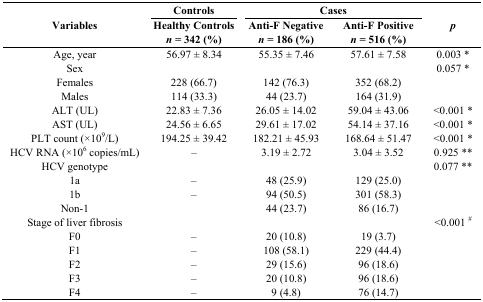
<table><thead><tr><td rowspan="2"><b>Variables</b></td><td><b>Controls</b></td><td colspan="2"><b>Cases</b></td><td rowspan="2"><b><i>p</i></b></td></tr><tr><td><b>Healthy Controls<i>n</i> = 342 (%)</b></td><td><b>Anti-F Negative<i>n</i> = 186 (%)</b></td><td><b>Anti-F Positive<i>n</i> = 516 (%)</b></td></tr></thead><tbody><tr><td>Age, year</td><td>56.97 ± 8.34</td><td>55.35 ± 7.46</td><td>57.61 ± 7.58</td><td>0.003 *</td></tr><tr><td>Sex</td><td></td><td></td><td></td><td>0.057 *</td></tr><tr><td>Females</td><td>228 (66.7)</td><td>142 (76.3)</td><td>352 (68.2)</td><td></td></tr><tr><td>Males</td><td>114 (33.3)</td><td>44 (23.7)</td><td>164 (31.9)</td><td></td></tr><tr><td>ALT (UL)</td><td>22.83 ± 7.36</td><td>26.05 ± 14.02</td><td>59.04 ± 43.06</td><td>&lt;0.001 *</td></tr><tr><td>AST (UL)</td><td>24.56 ± 6.65</td><td>29.61 ± 17.02</td><td>54.14 ± 37.16</td><td>&lt;0.001 *</td></tr><tr><td>PLT count (×10<sup>9</sup>/L)</td><td>194.25 ± 39.42</td><td>182.21 ± 45.93</td><td>168.64 ± 51.47</td><td>&lt;0.001 *</td></tr><tr><td>HCV RNA (×10<sup>6</sup> copies/mL)</td><td>–</td><td>3.19 ± 2.72</td><td>3.04 ± 3.52</td><td>0.925 **</td></tr><tr><td>HCV genotype</td><td></td><td></td><td></td><td>0.077 **</td></tr><tr><td>1a</td><td>–</td><td>48 (25.9)</td><td>129 (25.0)</td><td></td></tr><tr><td>1b</td><td>–</td><td>94 (50.5)</td><td>301 (58.3)</td><td></td></tr><tr><td>Non-1</td><td></td><td>44 (23.7)</td><td>86 (16.7)</td><td></td></tr><tr><td>Stage of liver fibrosis</td><td></td><td></td><td></td><td>&lt;0.001 <sup>#</sup></td></tr><tr><td>F0</td><td>–</td><td>20 (10.8)</td><td>19 (3.7)</td><td></td></tr><tr><td>F1</td><td>–</td><td>108 (58.1)</td><td>229 (44.4)</td><td></td></tr><tr><td>F2</td><td>–</td><td>29 (15.6)</td><td>96 (18.6)</td><td></td></tr><tr><td>F3</td><td>–</td><td>20 (10.8)</td><td>96 (18.6)</td><td></td></tr><tr><td>F4</td><td>–</td><td>9 (4.8)</td><td>76 (14.7)</td><td></td></tr></tbody></table>